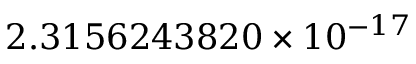
2 . 3 1 5 6 2 4 3 8 2 0 \times 1 0 ^ { - 1 7 }